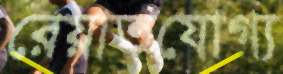
রেয়াতযোগ্য